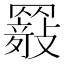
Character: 𦌤